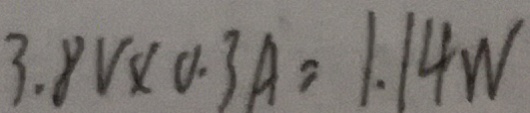
3 . 8 V \times 0 . 3 A = 1 . 1 4 W